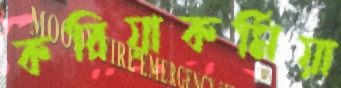
করিয়াকর্মিয়া